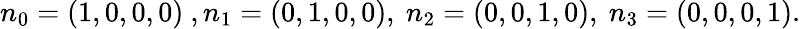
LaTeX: n_{0}=(1,0,0,0)~,n_{1}=(0,1,0,0),~n_{2}=(0,0,1,0),~n_{3}=(0,0,0,1).